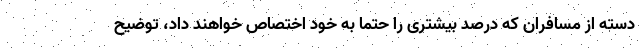
دسته از مسافران که درصد بیشتری را حتما به خود اختصاص خواهند داد، توضیح